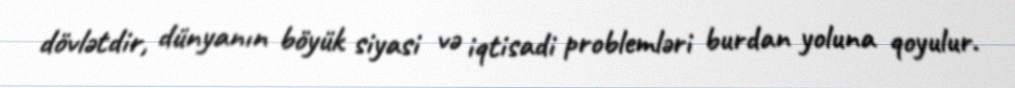
dövlətdir, dünyanın böyük siyasi və iqtisadi problemləri burdan yoluna qoyulur.